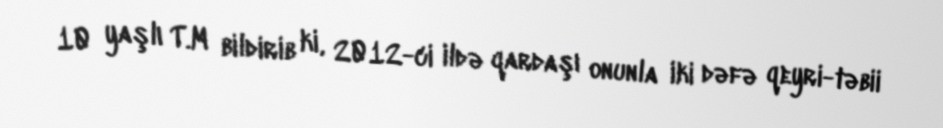
10 yaşlı T.M bildirib ki, 2012-ci ildə qardaşı onunla iki dəfə qeyri-təbii